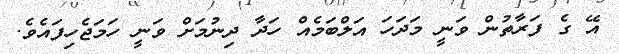
އޭ ގެ ފަރާތުން ވަނީ މަދަހަ އަލްބަމެއް ހަދާ ދިނުމަށް ވަނީ ހަމަޖެހިފައެވެ.